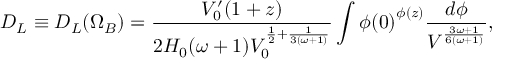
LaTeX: D _ { L } \equiv D _ { L } ( \Omega _ { B } ) = \frac { V _ { 0 } ^ { \prime } ( 1 + z ) } { 2 H _ { 0 } ( \omega + 1 ) V _ { 0 } ^ { \frac { 1 } { 2 } + \frac { 1 } { 3 ( \omega + 1 ) } } } \int { \phi ( 0 ) } ^ { \phi ( z ) } \frac { d \phi } { V ^ { \frac { 3 \omega + 1 } { 6 ( \omega + 1 ) } } } ,